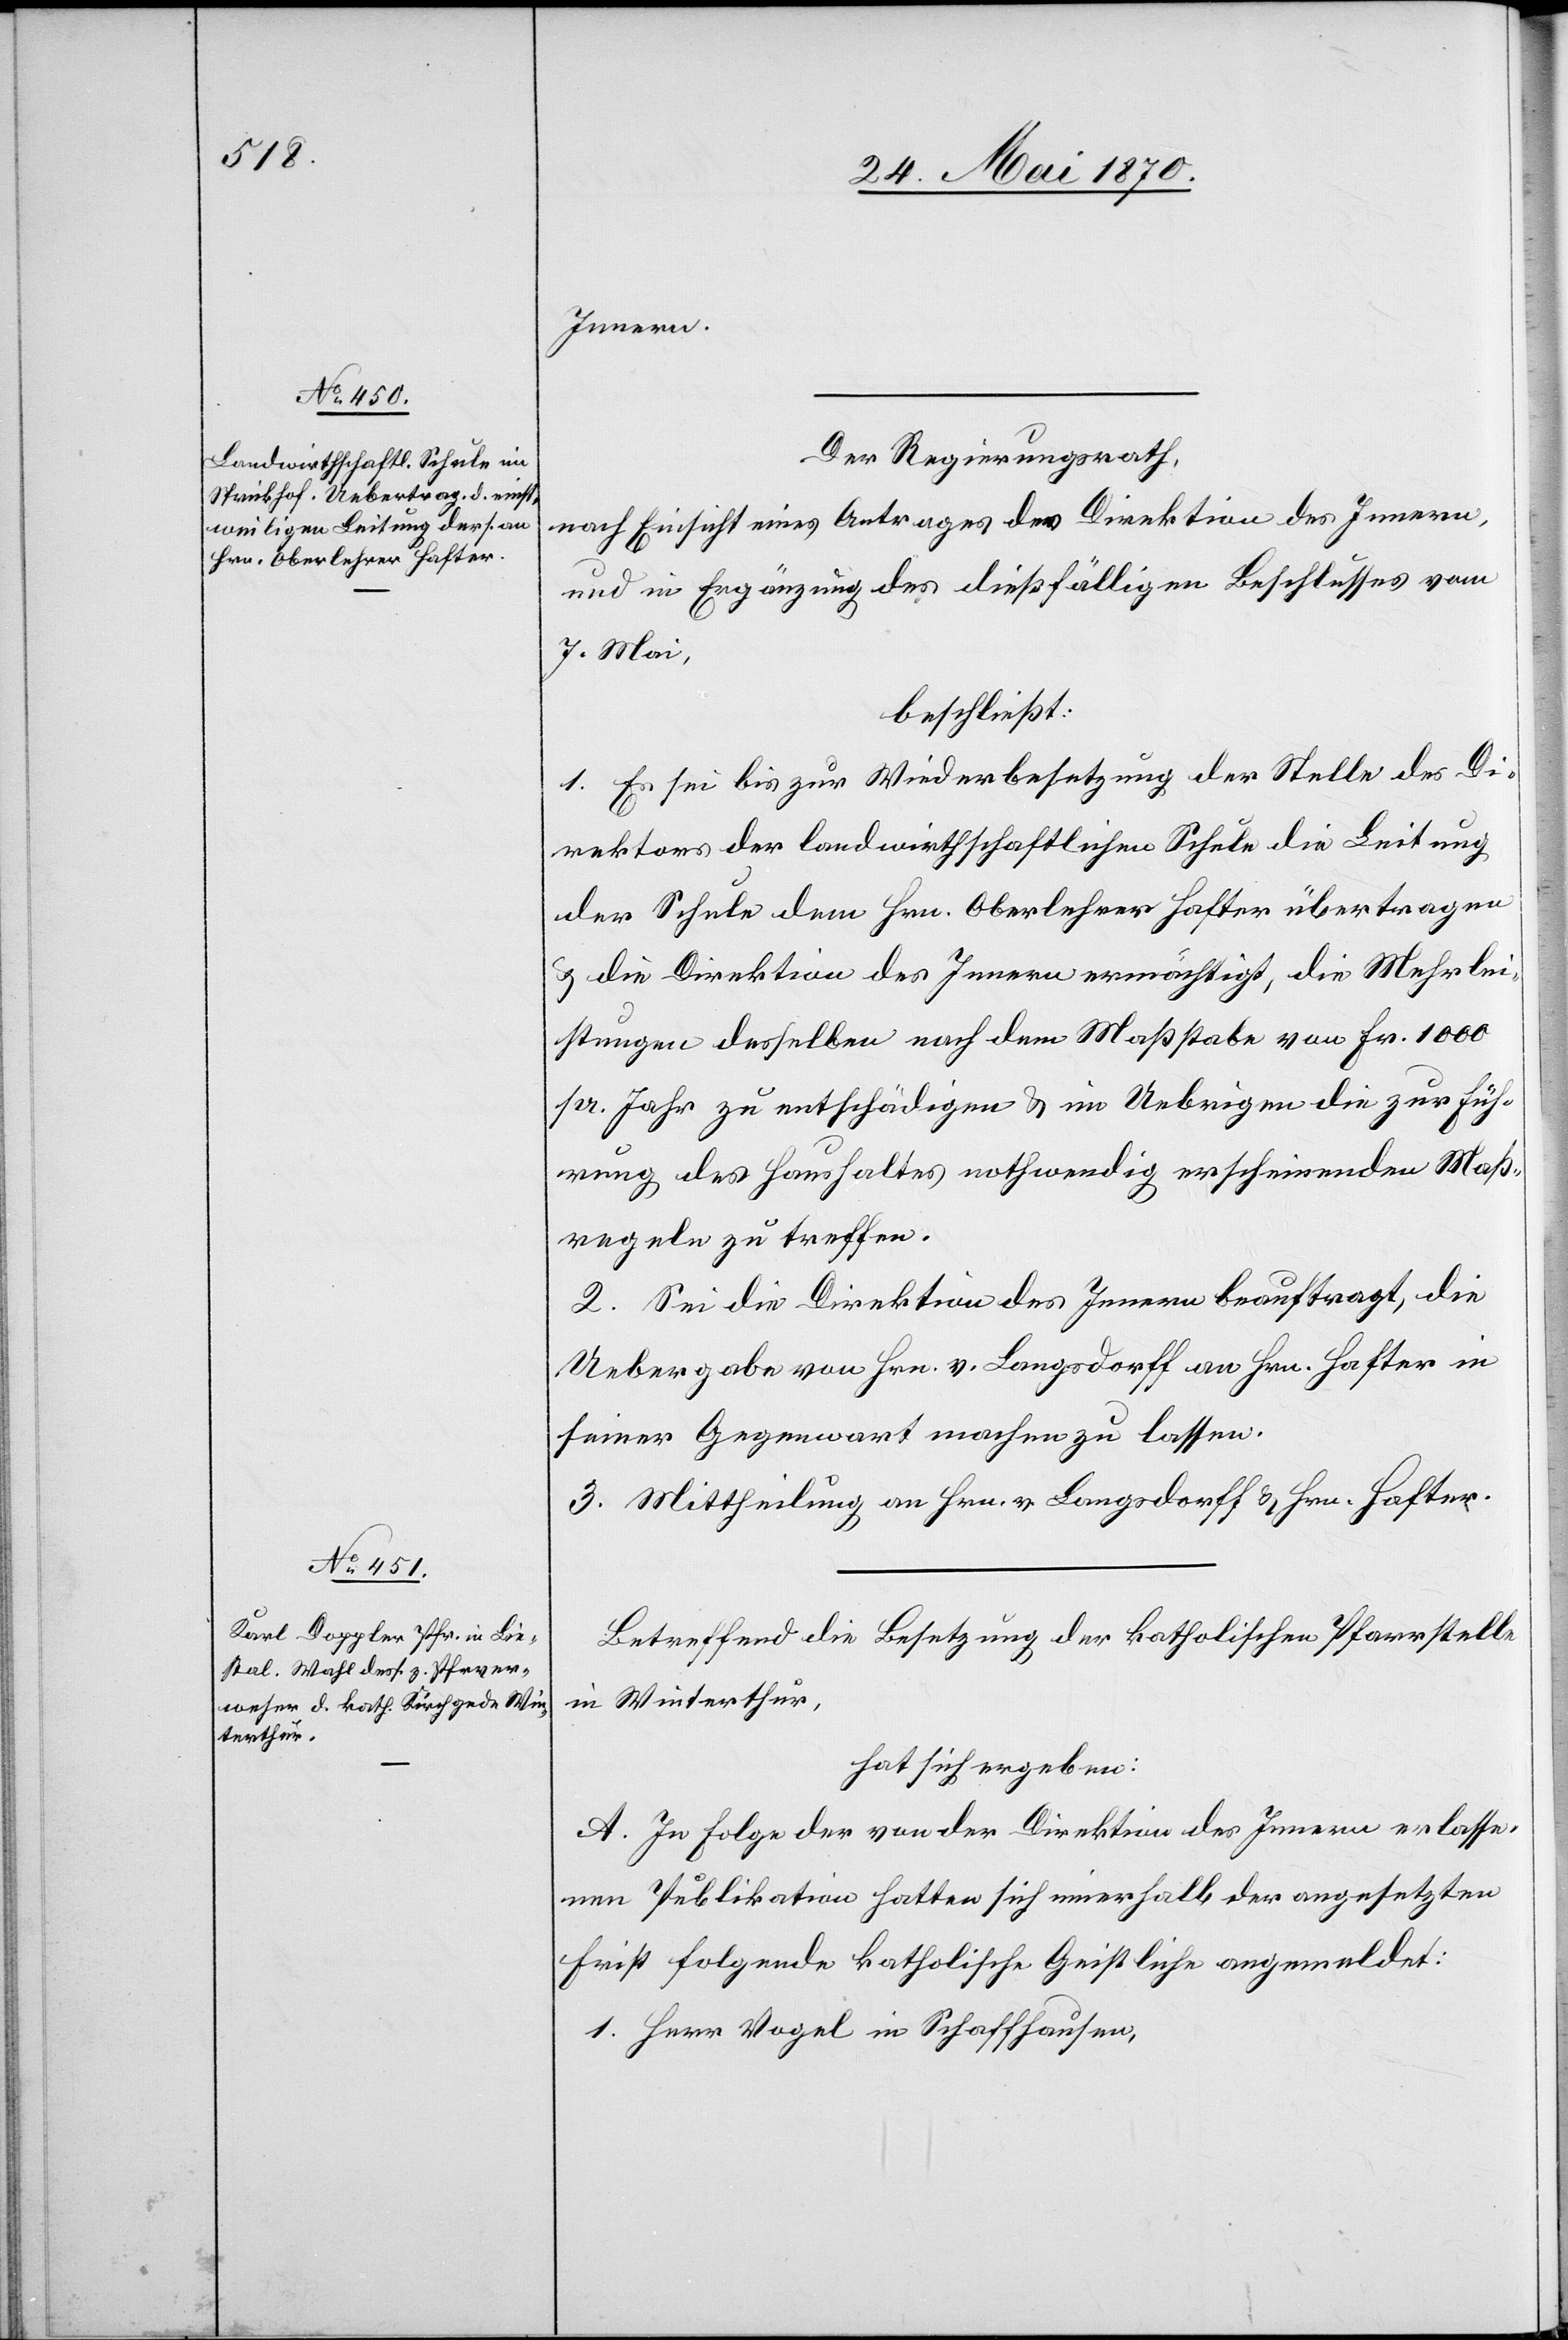
Innern.
Der Regierungsrath,
nach Einsicht eines Antrages der Direktion des Innern,
und in Ergänzung des dießfälligen Beschlusses vom
7. Mai,
beschließt:
1. Es sei bis zur Wiederbesetzung der Stelle des Di¬
rektors der landwirthschaftlichen Schule die Leitung
der Schule dem Hrn. Oberlehrer Hafter übertragen
& die Direktion des Innern ermächtigt, die Mehrlei¬
stungen desselben nach dem Maßstabe von Fr. 1000
pr. Jahr zu entschädigen & im Uebrigen die zur Füh¬
rung des Haushaltes nothwendig erscheinenden Maß¬
regeln zu treffen.
2. Sei die Direktion des Innern beauftragt, die
Uebergabe von Hrn. v. Langsdorff an Hrn. Hafter in
seiner Gegenwart machen zu lassen.
3. Mittheilung an Hrn. v. Langsdorff & Hrn. Hafter.
Betreffend die Besetzung der katholischen Pfarrstelle
in Winterthur,
hat sich ergeben:
A. In Folge der von der Direktion des Innern erlasse¬
nen Publikation hatten sich innerhalb der angesetzten
Frist folgende katholische Geistliche angemeldet:
1. Herr Vogel in Schaffhausen,